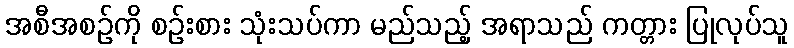
အစီအစဉ်ကို စဉ်းစား သုံးသပ်ကာ မည်သည့် အရာသည် ကတ္တား ပြုလုပ်သူ